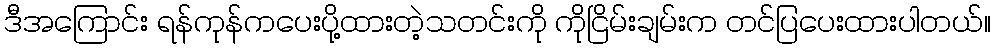
ဒီအကြောင်း ရန်ကုန်ကပေးပို့ထားတဲ့သတင်းကို ကိုငြိမ်းချမ်းက တင်ပြပေးထားပါတယ်။